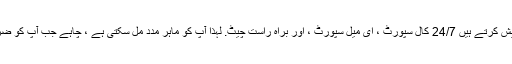
ہاں ، وہ پیش کرتے ہیں 24/7 کال سپورٹ ، ای میل سپورٹ ، اور براہ راست چیٹ. لہذا آپ کو ماہر مدد مل سکتی ہے ، چاہے جب آپ کو ضرورت ہو۔